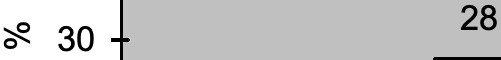
28 % 30